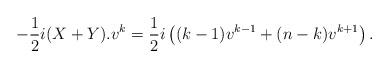
LaTeX: \begin{align*} -\frac12i(X+Y).v^k=\frac12i\left((k-1)v^{k-1}+(n-k)v^{k+1}\right).\end{align*}